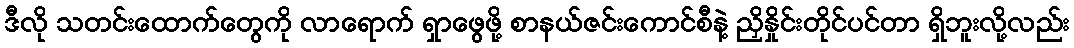
ဒီလို သတင်းထောက်တွေကို လာရောက် ရှာဖွေဖို့ စာနယ်ဇင်းကောင်စီနဲ့ ညှိနှိုင်းတိုင်ပင်တာ ရှိဘူးလို့လည်း